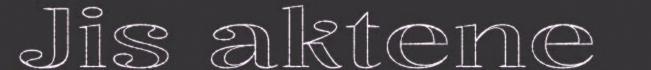
Jis aktene